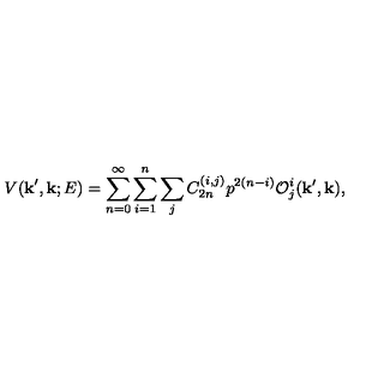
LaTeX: V ( { \bf k } ^ { \prime } , { \bf k } ; E ) = \sum _ { n = 0 } ^ { \infty } \sum _ { i = 1 } ^ { n } \sum _ { j } C _ { 2 n } ^ { ( i , j ) } p ^ { 2 ( n - i ) } { \cal O } _ { j } ^ { i } ( { \bf k } ^ { \prime } , { \bf k } ) ,